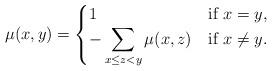
LaTeX: \begin{align*}\mu(x,y)=\begin{cases} 1 &\mbox{if } x=y, \\ -\displaystyle \sum_{x\le z < y} \mu(x,z) & \mbox{if } x \neq y. \end{cases}\end{align*}